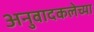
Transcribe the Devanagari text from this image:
अनुवादकलेच्या